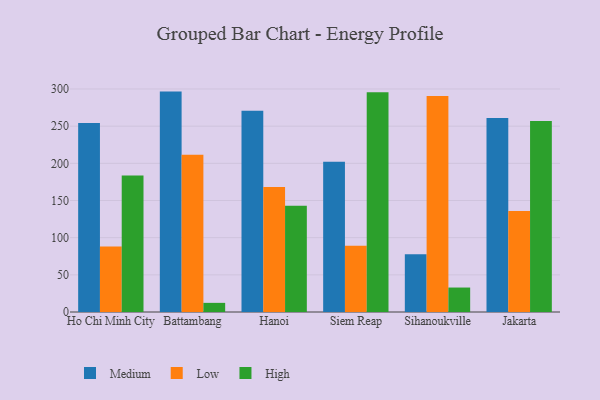
{"axis": {"x": "City", "y": "Budget (USD K)"}, "legend": ["High", "Low", "Medium"], "data": [{"x": "Ho Chi Minh City", "y": 254.4, "type": "Medium"}, {"x": "Ho Chi Minh City", "y": 88.2, "type": "Low"}, {"x": "Ho Chi Minh City", "y": 183.5, "type": "High"}, {"x": "Battambang", "y": 296.5, "type": "Medium"}, {"x": "Battambang", "y": 211.6, "type": "Low"}, {"x": "Battambang", "y": 12.3, "type": "High"}, {"x": "Hanoi", "y": 270.8, "type": "Medium"}, {"x": "Hanoi", "y": 168.3, "type": "Low"}, {"x": "Hanoi", "y": 142.8, "type": "High"}, {"x": "Siem Reap", "y": 202.2, "type": "Medium"}, {"x": "Siem Reap", "y": 89.1, "type": "Low"}, {"x": "Siem Reap", "y": 295.6, "type": "High"}, {"x": "Sihanoukville", "y": 77.7, "type": "Medium"}, {"x": "Sihanoukville", "y": 290.7, "type": "Low"}, {"x": "Sihanoukville", "y": 32.9, "type": "High"}, {"x": "Jakarta", "y": 260.9, "type": "Medium"}, {"x": "Jakarta", "y": 136.0, "type": "Low"}, {"x": "Jakarta", "y": 257.1, "type": "High"}]}